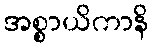
အစ္စာယိကာနိ